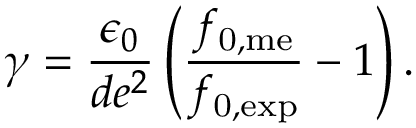
\gamma = \frac { \epsilon _ { 0 } } { d e ^ { 2 } } \left( \frac { f _ { \mathrm { 0 , m e } } } { f _ { \mathrm { 0 , e x p } } } - 1 \right) .